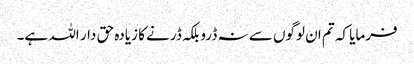
فرمایا کہ تم ان لوگوں سے نہ ڈرو بلکہ ڈرنے کا زیادہ حق دار اللہ ہے۔